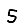
Digit: 5